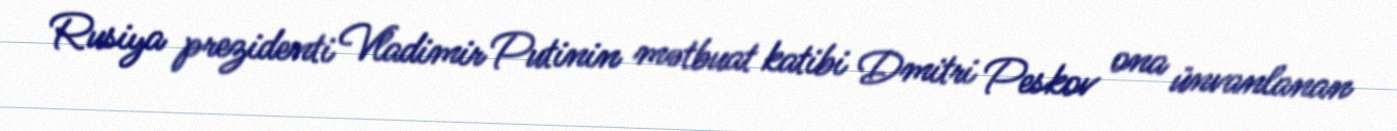
Rusiya prezidenti Vladimir Putinin mətbuat katibi Dmitri Peskov ona ünvanlanan